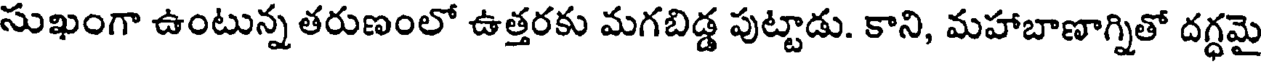
సుఖంగా ఉంటున్న తరుణంలో ఉత్తరకు మగబిడ్డ పుట్టాడు. కాని, మహాబాణాగ్నితో దగ్ధమై